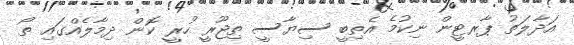
އަދާލަތު ޕާރޓީން ނިކުމެ އެތިބީ ސިޔާސީ ތިޖޫރީ ހުރީ ކޮން ދިމާލެއްގައި ތޯ